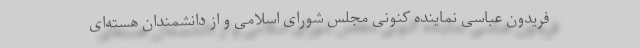
فریدون عباسی نماینده کنونی مجلس شورای اسلامی و از دانشمندان هسته‌ای